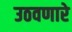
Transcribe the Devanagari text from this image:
उठवणारे